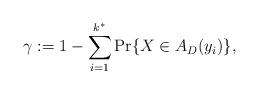
LaTeX: \begin{align*}\gamma := 1- \sum_{i=1}^{k^{*}} \Pr \{ X \in A_{D} (y_i) \},\end{align*}